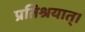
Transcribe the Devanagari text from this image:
प्रतिश्रयात्।